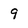
Character: 9